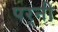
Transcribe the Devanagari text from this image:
पर्‍नी